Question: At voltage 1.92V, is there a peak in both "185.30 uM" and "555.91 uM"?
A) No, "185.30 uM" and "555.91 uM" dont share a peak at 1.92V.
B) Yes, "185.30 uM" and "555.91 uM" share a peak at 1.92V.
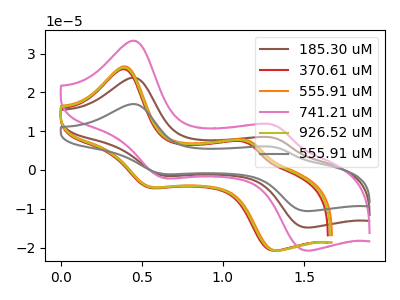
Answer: <think>The brown curve "185.30 uM" has anodic peaks at (0.45V, 23.70uA) (1.30V, 8.20uA) and cathodic peaks at (0.65V, -1.50uA) (1.50V, -14.85uA). The red curve "370.61 uM" has anodic peaks at (0.40V, 25.90uA) (1.15V, 7.15uA) and cathodic peaks at (0.55V, -4.60uA) (1.30V, -20.80uA). The orange curve "555.91 uM" has anodic peaks at (0.40V, 26.65uA) (1.15V, 7.55uA) and cathodic peaks at (0.55V, -4.35uA) (1.35V, -20.80uA). The pink curve "741.21 uM" has anodic peaks at (0.45V, 33.25uA) (1.30V, 11.50uA) and cathodic peaks at (0.65V, -2.05uA) (1.50V, -20.75uA). The olive curve "926.52 uM" has anodic peaks at (0.40V, 26.30uA) (1.15V, 7.35uA) and cathodic peaks at (0.55V, -4.50uA) (1.30V, -20.80uA). The gray curve "555.91 uM" has anodic peaks at (0.45V, 47.45uA) (1.30V, 16.45uA) and cathodic peaks at (0.65V, -2.95uA) (1.50V, -29.65uA).</think>
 <answer>A) No, "185.30 uM" and "555.91 uM" dont share a peak at 1.92V.</answer>
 <eval>A</eval>